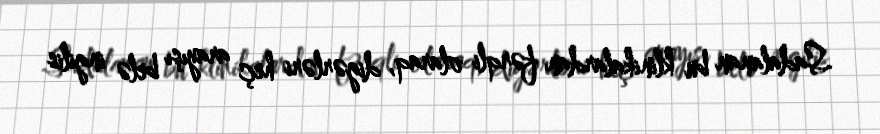
Sadalanan bu klinikalardan fərqli olaraq, digərləri heç arayışı belə ingilis